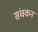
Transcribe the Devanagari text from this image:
संचकन